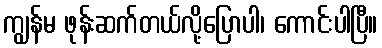
ကျွန်မ ဖုန်းဆက်တယ်လို့ပြောပါ၊ ကောင်းပါပြီ။